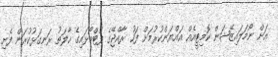
އަށް ނޯމަލައިޒޭޝަން ކޮމިޓީއެއް އައްޔަންކުރުމަށް ފަހު ރާއްޖޭގެ ފުޓްބޯޅައިގެ ހާލަތު ރަނގަޅުކުރަން ފެށި